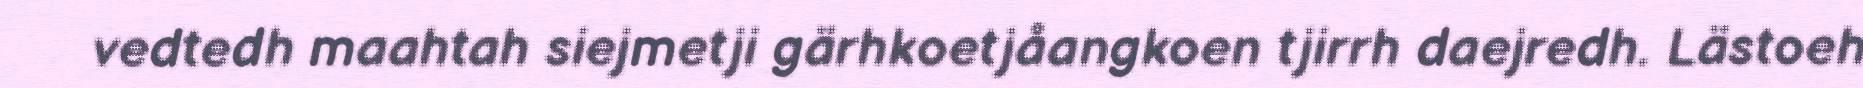
vedtedh maahtah siejmetji gärhkoetjåangkoen tjirrh daejredh. Lästoeh